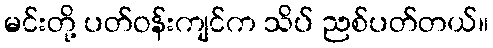
မင်းတို့ ပတ်ဝန်းကျင်က သိပ် ညစ်ပတ်တယ်။